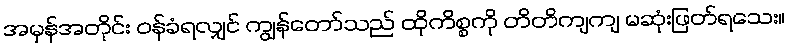
အမှန်အတိုင်း ဝန်ခံရလျှင် ကျွန်တော်သည် ထိုကိစ္စကို တိတိကျကျ မဆုံးဖြတ်ရသေး။